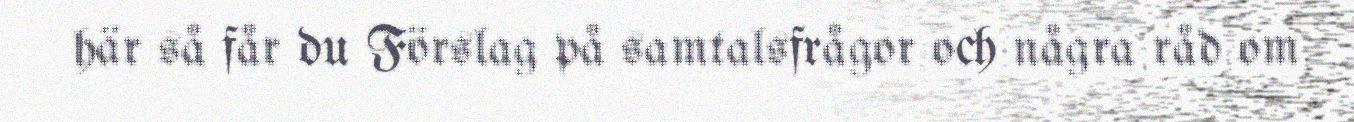
här så får du Förslag på samtalsfrågor och några råd om